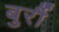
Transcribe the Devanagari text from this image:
बुर्रौ